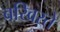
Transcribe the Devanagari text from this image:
बखिरते